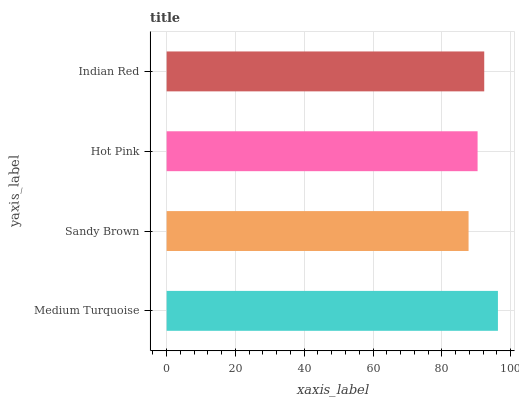
| yaxis_label | bars |
 | --- | --- |
 | Medium Turquoise | 96.3 |
 | Sandy Brown | 87.8 |
 | Hot Pink | 90.4 |
 | Indian Red | 92.3 |